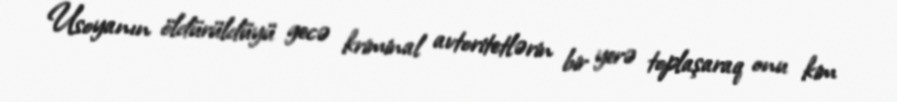
Usoyanın öldürüldüyü gecə kriminal avtoritetlərin bir yerə toplaşaraq onu kim